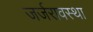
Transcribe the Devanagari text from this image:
जर्जरावस्था